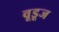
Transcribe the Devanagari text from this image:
वूडूज